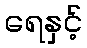
ရေနှင့်